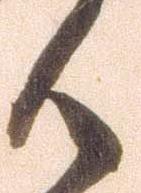
御